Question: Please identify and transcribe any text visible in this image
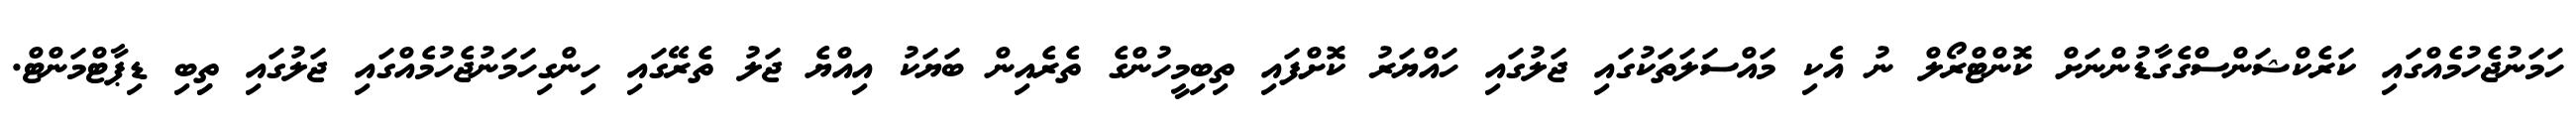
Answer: ހަމަނުޖެހުމެއްގައި ކަރެކްޝަންސްގެގާޑުންނަށް ކޮންޓްރޯލް ނު އެކި މައްސަލަތަކުގައި ޖަލުގައި ހައްޔަރު ކޮށްފައި ތިބިމީހުންގެ ތެރެއިން ބަޔަކު އިއްޔެ ޖަލު ތެރޭގައި ހިންގިހަމަނުޖެހުމެއްގައި ޖަލުގައި ތިިބި ޑިޕާޓްމަންޓް.